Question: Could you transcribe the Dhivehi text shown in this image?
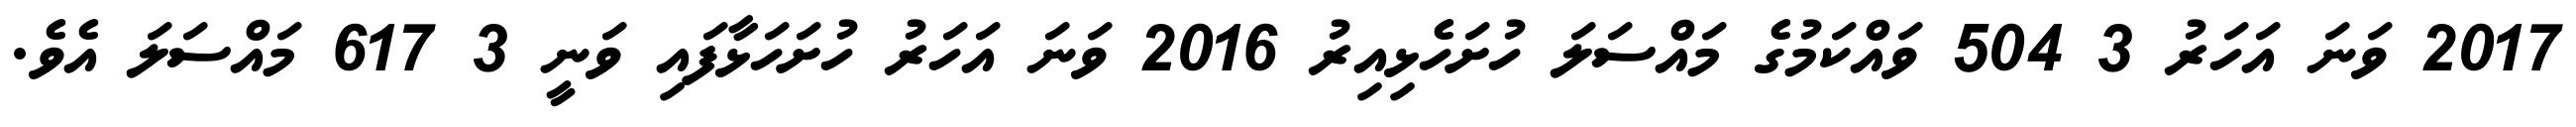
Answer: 2017 ވަނަ އަހަރު 3 504 ވައްކަމުގެ މައްސަލަ ހުށަހެޅިއިރު 2016 ވަނަ އަހަރު ހުށަހަޅާފައި ވަނީ 3 617 މައްސަލަ އެވެ.